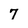
Character: 7